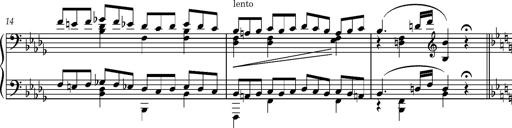
Title: 8 Album Leaves
Composer: Franz Liszt